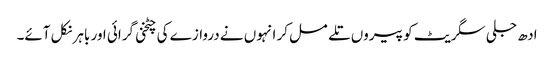
ادھ جلی سگریٹ کو پیروں تلے مسل کر انہوں نے دروازے کی چٹخنی گرائی اور باہر نکل آئے۔